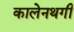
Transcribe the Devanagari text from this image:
कालेनथगी